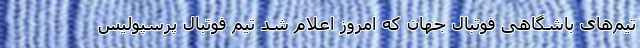
تیم‌های باشگاهی فوتبال جهان که امروز اعلام شد تیم فوتبال پرسپولیس